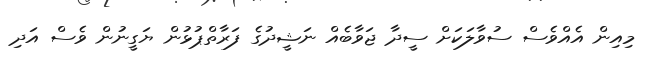
މިއިން އެއްވެސް ސުވާލަކަށް ސީދާ ޖަވާބެއް ނަޝީދުގެ ފަރާތްޕުޅުން ޔަގީނުން ވެސް އަދި